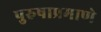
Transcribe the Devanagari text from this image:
पुरुषाप्रमाणे